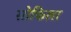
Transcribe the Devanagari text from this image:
सोफिला